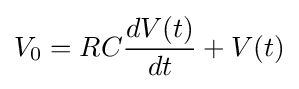
V_{0}=RC{\frac {dV(t)}{dt}}+V(t)